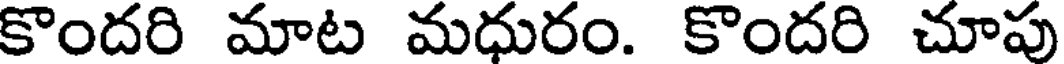
కొందరి మాట మధురం. కొందరి చూపు